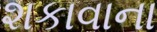
શકાવાના